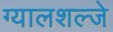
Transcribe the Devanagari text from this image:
ग्यालशल्जे